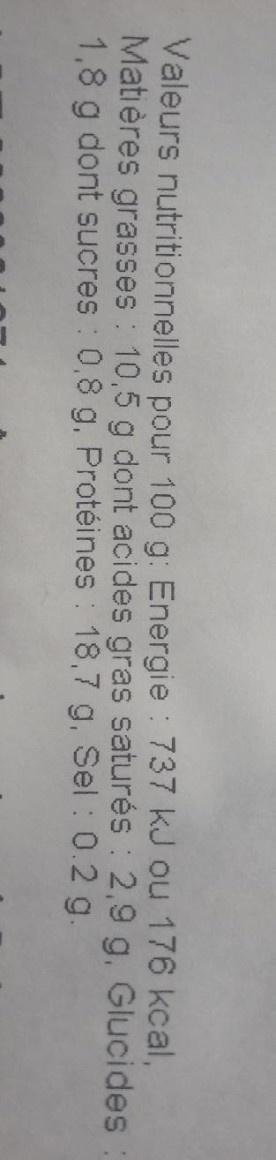
Valeurs nutritionnelles pour 100 g: Energie : 737 kJ ou 176 kcal, Matières grasses : 10,5 g dont acides gras saturés : 2,9 g. Glucides 1,8 g dont sucres : 0,8 g. Protéines : 18,7 g, Sel : 0.2 g.